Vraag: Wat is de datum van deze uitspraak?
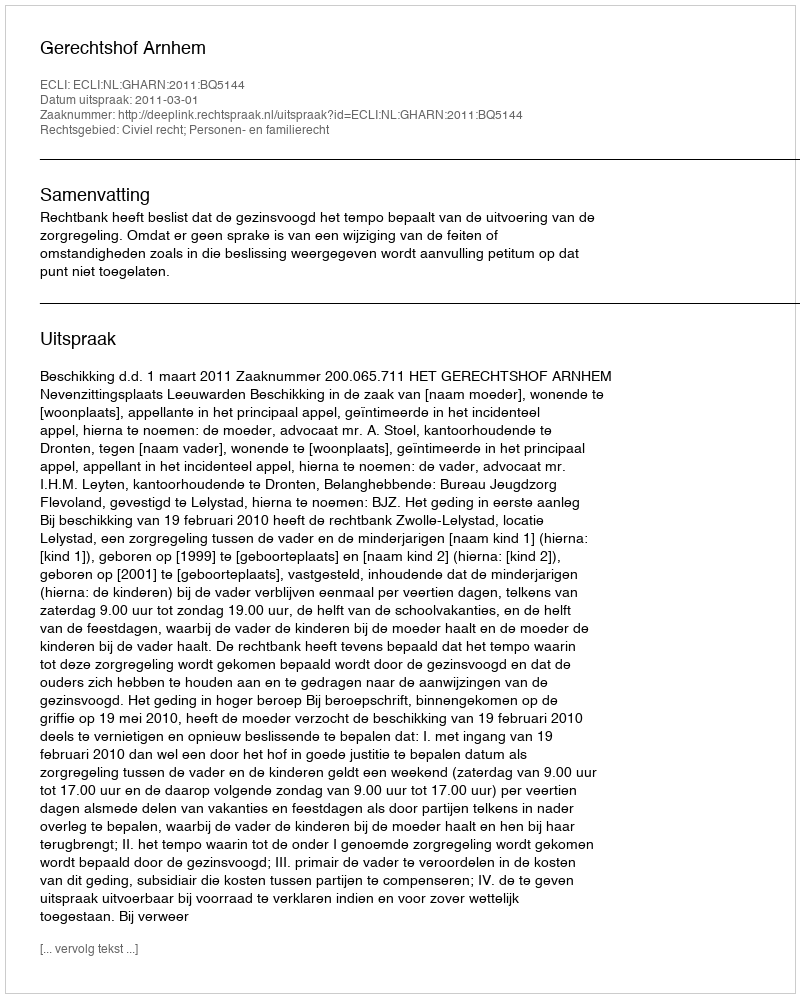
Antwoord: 2011-03-01